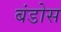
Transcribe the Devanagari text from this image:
बंडोस